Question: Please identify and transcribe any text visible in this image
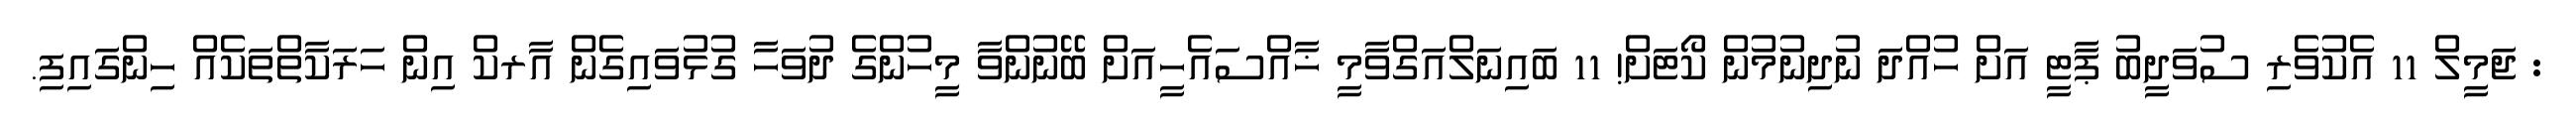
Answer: : ޖަމީލް 11 އެކުވެރި ސުވަދީބު ޕާޓީ އަށް ހުއްދަ ނުދިނުމުން ކޯޓަށް! 11 ބައިނަލްއަގްވާމީ ޚާއްސައެހީއަށް ބޭނުންވާ މީހުންގެ ދުވަހާ ގުޅުވައިގެން އާރކް އިން ހަރަކާތްތަކެއް ހިންގައިފި.